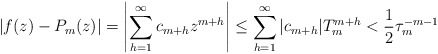
\begin{align*}\vert f(z)-P_{m}(z)\vert =\left\vert \sum_{h=1}^{\infty} c_{m+h}z^{m+h}\right\vert\leq \sum_{h=1}^{\infty}\vert c_{m+h}\vert T_{m}^{m+h}< \frac{1}{2}\tau_{m}^{-m-1}\end{align*}